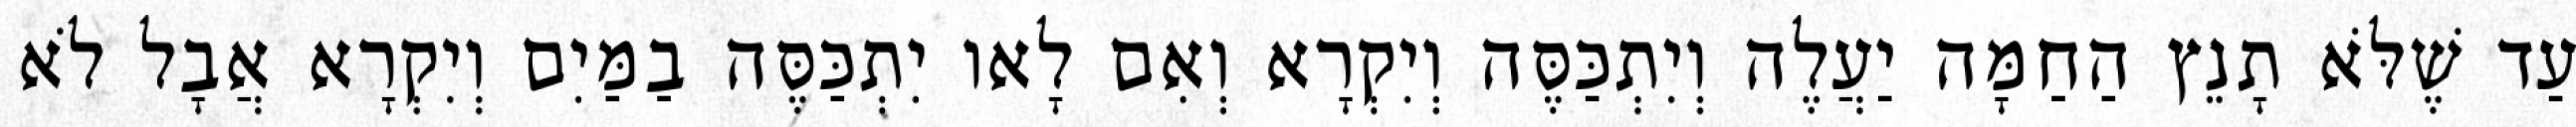
עַד שֶׁלֹּא תָנֵץ הַחַמָּה יַעֲלֶה וְיִתְכַּסֶּה וְיִקְרָא וְאִם לָאו יִתְכַּסֶּה בַמַּיִם וְיִקְרָא אֲבָל לֹא